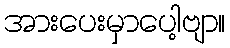
အားပေးမှာပေါ့ဗျာ။